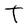
Character: T